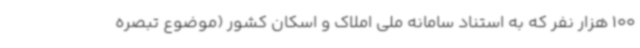
100 هزار نفر که به استناد سامانه ملی املاک و اسکان کشور (موضوع تبصره